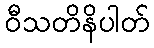
ဝီသတိနိပါတ်